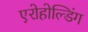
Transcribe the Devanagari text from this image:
एरोहोल्डिंग